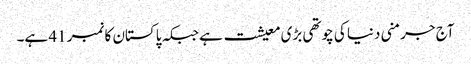
آج جرمنی دنیا کی چوتھی بڑی معیشت ہے جبکہ پاکستان کا نمبر 41 ہے۔